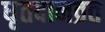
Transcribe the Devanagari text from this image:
धृतदानव्रत